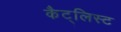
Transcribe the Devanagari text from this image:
कैट्लिस्ट